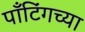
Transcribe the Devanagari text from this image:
पाँटिंगच्या